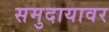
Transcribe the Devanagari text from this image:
समुदायावर